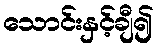
သောင်းနှင့်ချီ၍